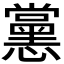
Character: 𭟚